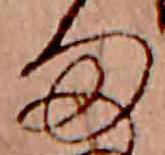
雨